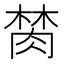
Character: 𰮫